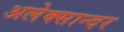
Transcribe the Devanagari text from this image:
अलेक्सान्दर